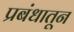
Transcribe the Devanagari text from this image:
प्रबंधातून